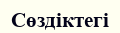
Сөздіктегі